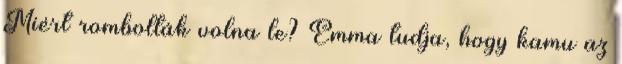
Miért rombolták volna le? Emma tudja, hogy kamu az